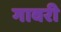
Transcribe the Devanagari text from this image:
गावरी